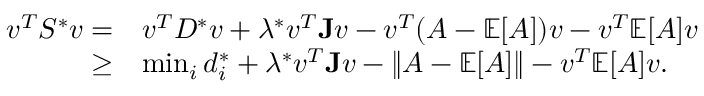
\begin{array} { r l } { v ^ { T } S ^ { * } v = } & { v ^ { T } D ^ { * } v + \lambda ^ { * } v ^ { T } \mathbf { J } v - v ^ { T } ( A - \mathbb { E } [ A ] ) v - v ^ { T } \mathbb { E } [ A ] v } \\ { \geq } & { \operatorname* { m i n } _ { i } d _ { i } ^ { * } + \lambda ^ { * } v ^ { T } \mathbf { J } v - \| A - \mathbb { E } [ A ] \| - v ^ { T } \mathbb { E } [ A ] v . } \end{array}